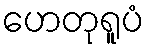
ဟေတုရူပံ